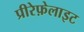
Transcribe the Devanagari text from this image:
प्रीरेफ़ेलाइट